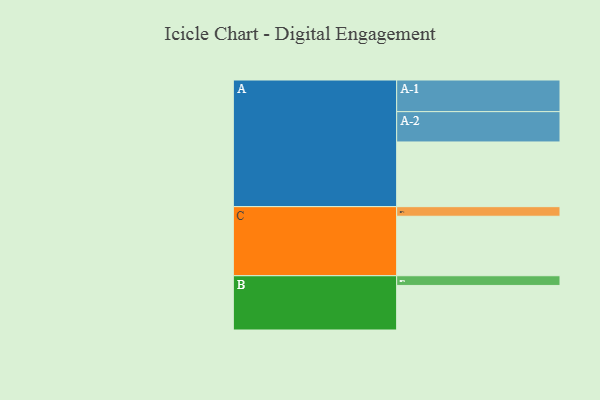
{"axis": {"x": "Segment", "y": "Value"}, "legend": ["", "A", "B", "C"], "data": [{"x": "A", "y": 546, "type": ""}, {"x": "B", "y": 376, "type": ""}, {"x": "C", "y": 502, "type": ""}, {"x": "A-1", "y": 267, "type": "A"}, {"x": "A-2", "y": 256, "type": "A"}, {"x": "B-1", "y": 82, "type": "B"}, {"x": "C-1", "y": 81, "type": "C"}]}